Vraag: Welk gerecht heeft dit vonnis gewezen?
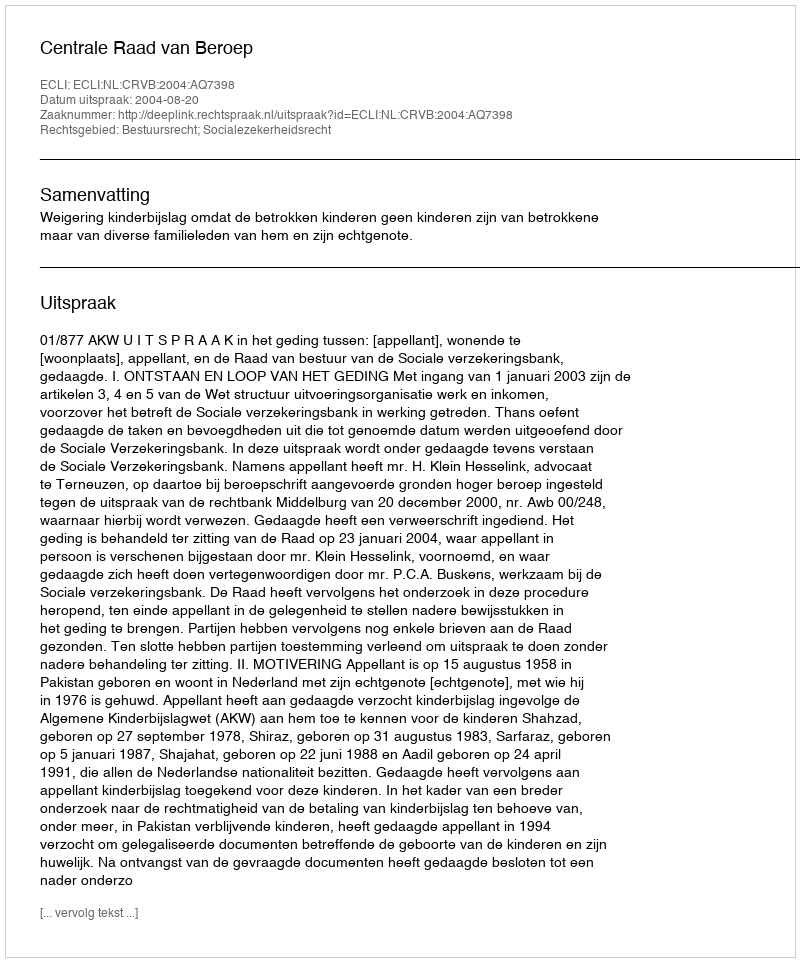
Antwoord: Centrale Raad van Beroep